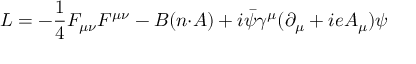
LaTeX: L = - \frac { 1 } { 4 } F _ { { \mu } { \nu } } F ^ { { \mu } { \nu } } - B ( n { \cdot } A ) + i \bar { \psi } { \gamma } ^ { \mu } ( { \partial } _ { \mu } + i e A _ { \mu } ) { \psi }